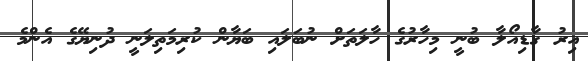
އިރު ގާޑިއޯލާ ބުނީ މިހާރުގެ ހާލަތަށް ނުބަލައި ބަޔާން ކުރިމަތިލަނީ ދުނިޔޭގެ އެންމެ